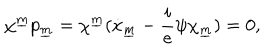
LaTeX: \chi ^ { \underline { { m } } } p _ { \underline { { m } } } = \chi ^ { \underline { { m } } } ( \dot { x } _ { \underline { { m } } } - { \frac { i } { e } } \psi \chi _ { \underline { { m } } } ) = 0 ,